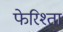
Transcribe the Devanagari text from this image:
फेरिश्ता